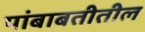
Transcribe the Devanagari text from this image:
यांबाबतीतील